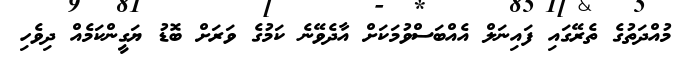
މުއްދަތުގެ ތެރޭގައި ފައިނަލް އެއްބަސްވުމަކަށް އާދެވޭނެ ކަމުގެ ވަރަށް ބޮޑު ޔަގީންކަމެއް ދިވެހި